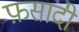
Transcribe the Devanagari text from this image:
फ़सादी